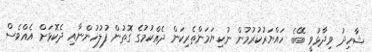
ޝާހިދު ވިދާޅުވީ ބޭބެ ހައްޔަރުކުރުމުން ނުކިޔަމަންތެރިކަން ދެއްކުމުގެ ގޮތުން ފުލުހުންނާއި ދެކޮޅަށް އެއްވެސް